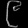
Digit: ၉